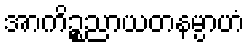
အာကိဉ္စညာယတနမ္ပာဟံ